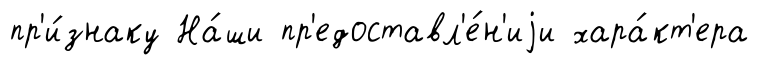
пр'и́знаку На́ши пр'едоставл'е́н'иjи хара́кт'ера